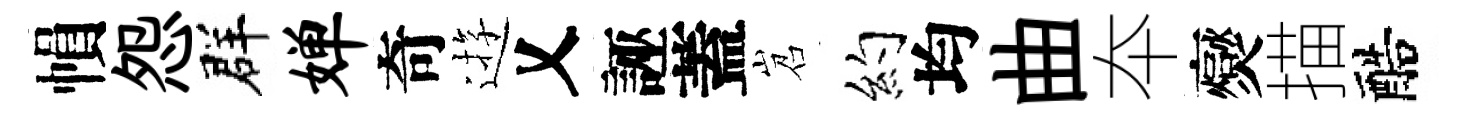
𢄙怨群婵奇逰乂誣蓋岧约均曲夲爕描醅